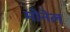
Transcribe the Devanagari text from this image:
मोनेल